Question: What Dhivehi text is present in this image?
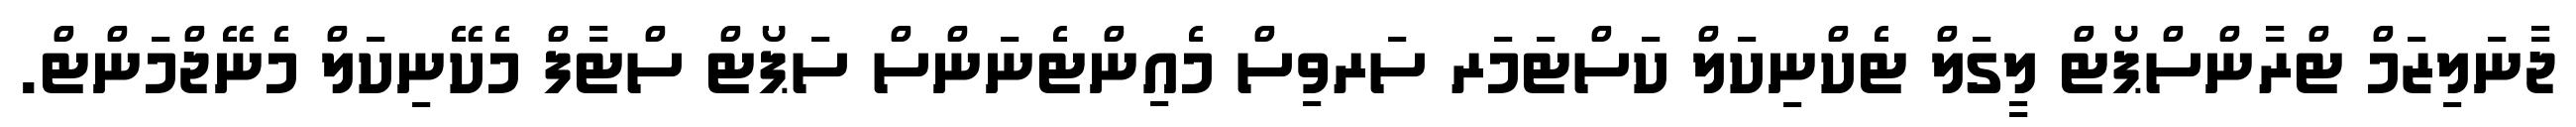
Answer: ޖާނަލިޒަމް ޓްރާންސްޕޯޓް ލީގަލް ޓެކްނިކަލް ކަސްޓަމަރ ސަރވިސް މެއިންޓެނަންސް ސަޕޯޓް ސްޓާފް މެކޭނިކަލް މެނޭޖްމަންޓް.